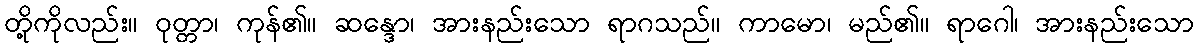
တို့ကိုလည်း။ ဝုတ္တာ၊ ကုန်၏။ ဆန္ဒော၊ အားနည်းသော ရာဂသည်။ ကာမော၊ မည်၏။ ရာဂေါ၊ အားနည်းသော